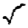
Digit: 5